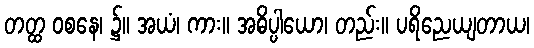
တတ္ထ ဝစနေ၊ ၌။ အယံ၊ ကား။ အဓိပ္ပါယော၊ တည်း။ ပရိညေယျတာယ၊